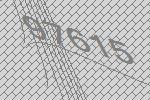
97615